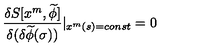
\frac { \delta S [ x ^ { m } , \widetilde { \phi } ] } { \delta ( \delta \widetilde { \phi } ( \sigma ) ) } | _ { x ^ { m } ( s ) = c o n s t } = 0